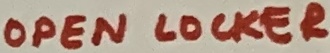
Text: OPEN LOCKER